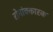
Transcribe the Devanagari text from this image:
रोमांचकारक